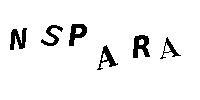
NSPARA